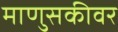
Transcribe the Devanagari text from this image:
माणुसकीवर